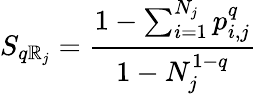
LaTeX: S_{q\mathbb{R}_{j}}=\frac{{1-\sum_{i=1}^{N_{j}}p_{i,j}^{q}}}{{1-N_{j}^{1-q}}}